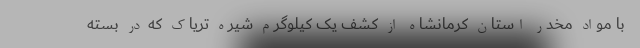
با مواد مخدر استان کرمانشاه از کشف یک کیلوگرم شیره تریاک که در بسته